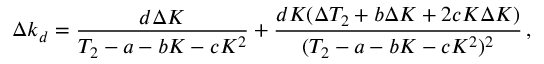
\Delta k _ { d } = \frac { d \Delta K } { T _ { 2 } - a - b K - c K ^ { 2 } } + \frac { d K ( \Delta T _ { 2 } + b \Delta K + 2 c K \Delta K ) } { ( T _ { 2 } - a - b K - c K ^ { 2 } ) ^ { 2 } } \, ,